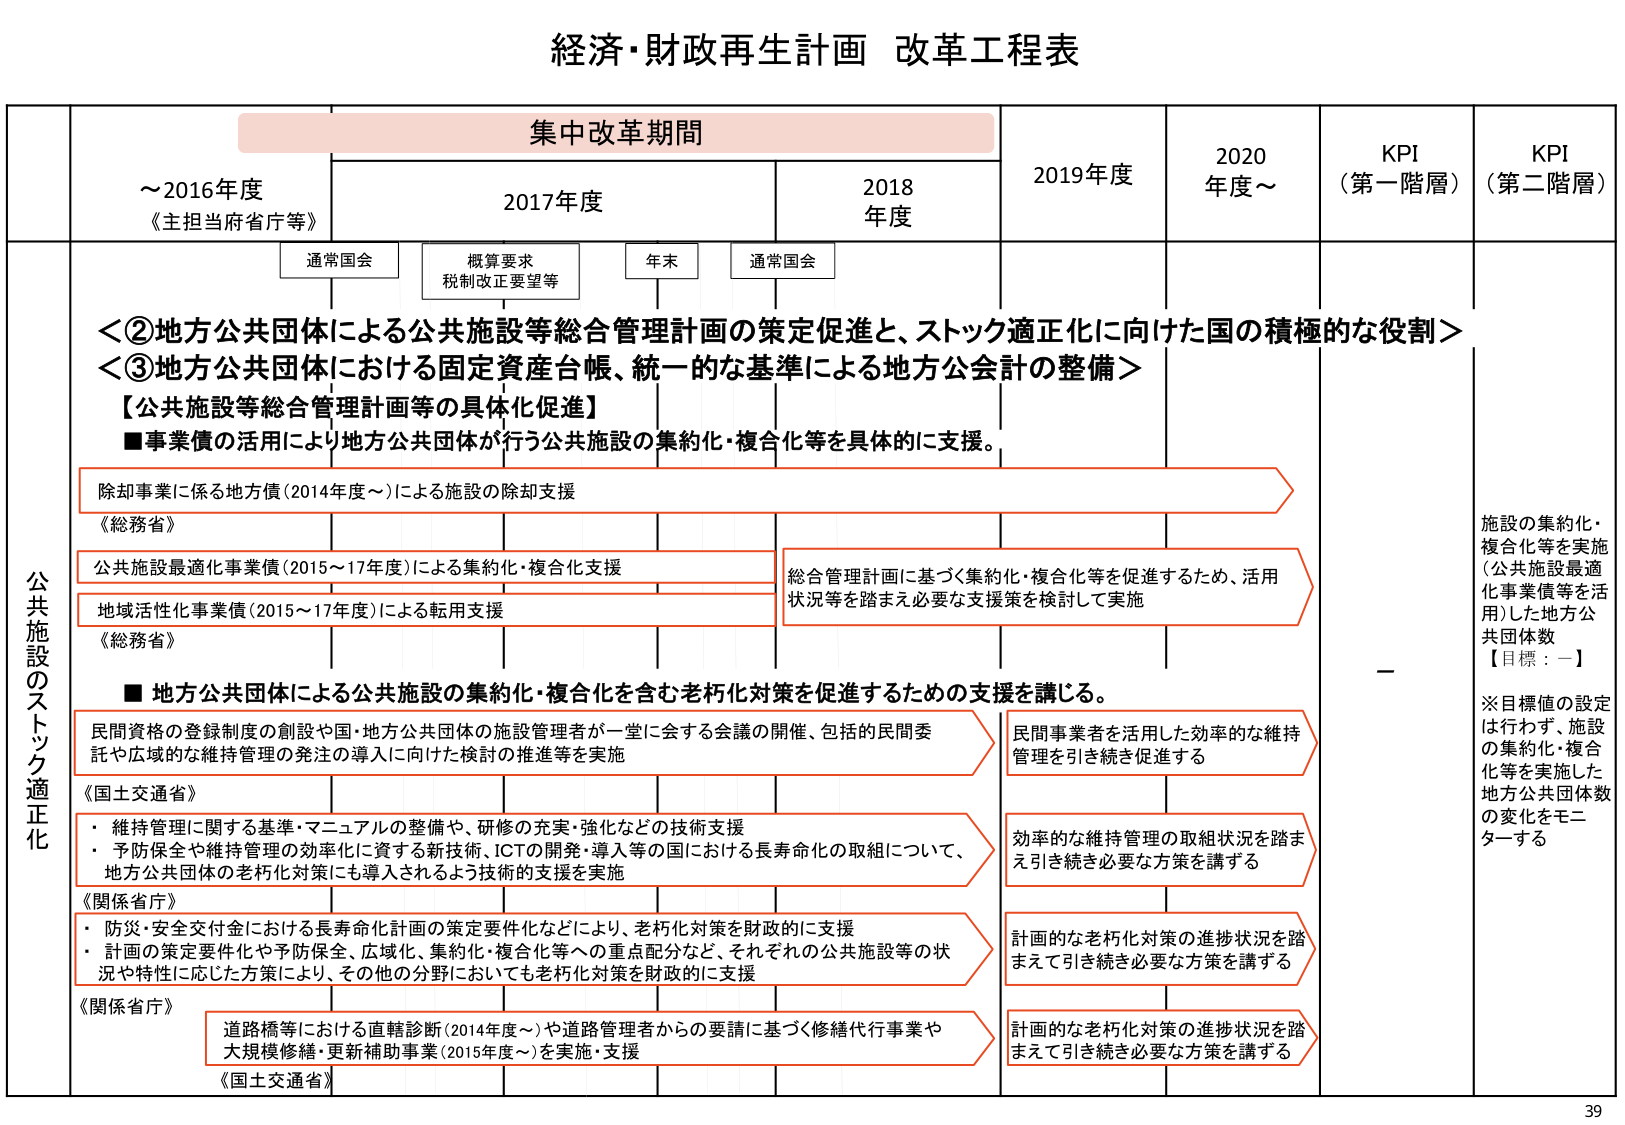
経済・財政再生計画 改革工程表

集中改革期間

～2016年度
《主担当府省庁等》

2017年度

2018年度

2019年度

2020年度～

KPI
（第一階層）

KPI
（第二階層）

通常国会

概算要求
税制改正要望等

年末

通常国会

公共施設のストック適正化

＜②地方公共団体による公共施設等総合管理計画の策定促進と、ストック適正化に向けた国の積極的な役割＞
＜③地方公共団体における固定資産台帳、統一的な基準による地方公会計の整備＞

【公共施設等総合管理計画等の具体化促進】
■事業債の活用により地方公共団体が行う公共施設の集約化・複合化等を具体的に支援。

除却事業に係る地方債（2014年度～）による施設の除却支援
《総務省》

公共施設最適化事業債（2015～17年度）による集約化・複合化支援

地域活性化事業債（2015～17年度）による転用支援
《総務省》

■地方公共団体による公共施設の集約化・複合化を含む老朽化対策を促進するための支援を講じる。

民間資格の登録制度の創設や国・地方公共団体の施設管理者が一堂に会する会議の開催、包括的民間委託や広域的な維持管理の発注の導入に向けた検討の推進等を実施
《国土交通省》

・維持管理に関する基準・マニュアルの整備や、研修の充実・強化などの技術支援
・予防保全や維持管理の効率化に資する新技術、ICTの開発・導入等の国における長寿命化の取組について、地方公共団体の老朽化対策にも導入されるよう技術的支援を実施
《関係省庁》

・防災・安全交付金における長寿命化計画の策定要件化などにより、老朽化対策を財政的に支援
・計画の策定要件化や予防保全、広域化、集約化・複合化等への重点配分など、それぞれの公共施設等の状況や特性に応じた方策により、その他の分野においても老朽化対策を財政的に支援
《関係省庁》

道路橋等における直轄診断（2014年度～）や道路管理者からの要請に基づく修繕代行事業や大規模修繕・更新補助事業（2015年度～）を実施・支援
《国土交通省》

総合管理計画に基づく集約化・複合化等を促進するため、活用状況等を踏まえ必要な支援策を検討して実施

民間事業者を活用した効率的な維持管理を引き続き促進する

効率的な維持管理の取組状況を踏まえ引き続き必要な方策を講ずる

計画的な老朽化対策の進捗状況を踏まえて引き続き必要な方策を講ずる

計画的な老朽化対策の進捗状況を踏まえて引き続き必要な方策を講ずる

施設の集約化・複合化等を実施（公共施設最適化事業債等を活用）した地方公共団体数
【目標：一】
※目標値の設定は行わず、施設の集約化・複合化等を実施した地方公共団体数の変化をモニターする

39